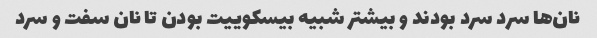
نان‌ها سرد سرد بودند و بیشتر شبیه بیسکوییت بودن تا نان سفت و سرد